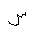
Letter: _sin